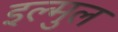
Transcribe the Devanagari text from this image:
इल्मुल